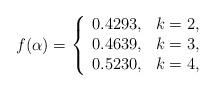
LaTeX: \begin{align*}f(\alpha)=\left\{\begin{array}{cc}0.4293,& k=2,\\0.4639,&k=3,\\0.5230,&k=4,\\\end{array}\right.\end{align*}